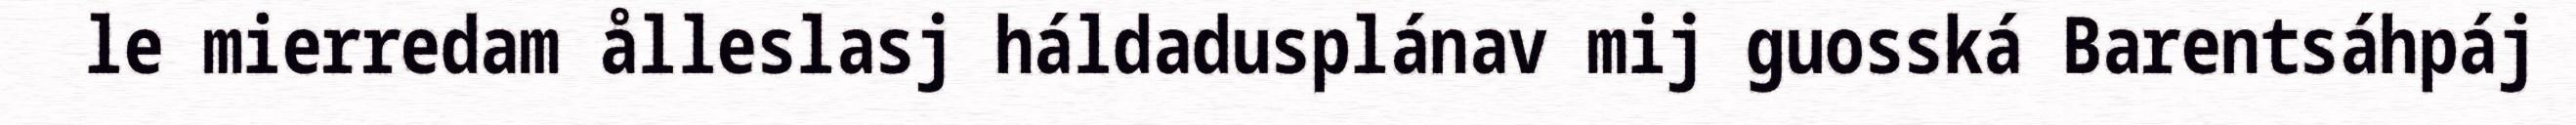
le mierredam ålleslasj háldadusplánav mij guosská Barentsáhpáj